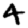
Digit: 4